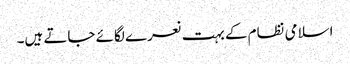
اسلامی نظام کے بہت نعرے لگائے جاتے ہیں۔